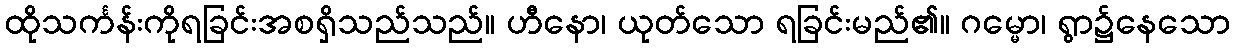
ထိုသင်္ကန်းကိုရခြင်းအစရှိသည်သည်။ ဟီနော၊ ယုတ်သော ရခြင်းမည်၏။ ဂမ္မော၊ ရွာ၌နေသော